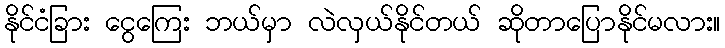
နိုင်ငံခြား ငွေကြေး ဘယ်မှာ လဲလှယ်နိုင်တယ် ဆိုတာပြောနိုင်မလား။